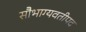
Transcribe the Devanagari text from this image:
सौभाग्यवतीपद